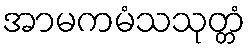
အာမကမံသသုတ္တံ